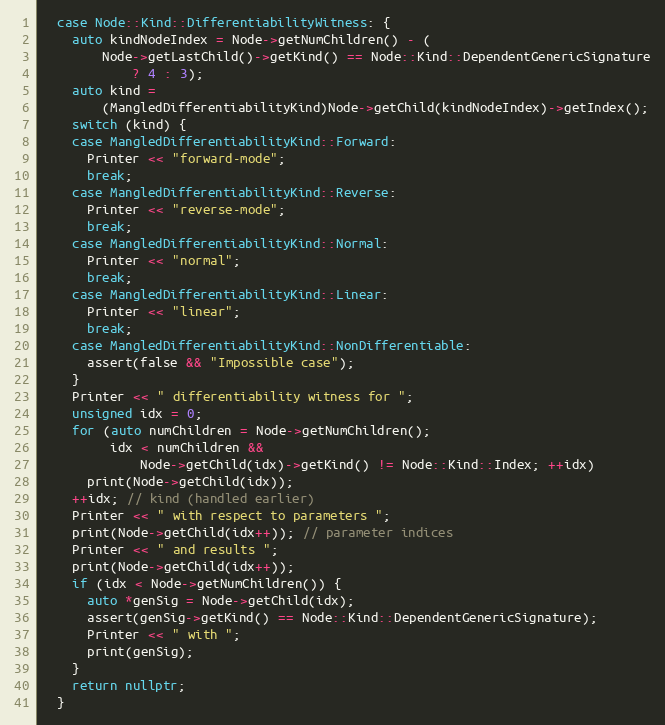
Language: C++
  case Node::Kind::DifferentiabilityWitness: {
    auto kindNodeIndex = Node->getNumChildren() - (
        Node->getLastChild()->getKind() == Node::Kind::DependentGenericSignature
            ? 4 : 3);
    auto kind =
        (MangledDifferentiabilityKind)Node->getChild(kindNodeIndex)->getIndex();
    switch (kind) {
    case MangledDifferentiabilityKind::Forward:
      Printer << "forward-mode";
      break;
    case MangledDifferentiabilityKind::Reverse:
      Printer << "reverse-mode";
      break;
    case MangledDifferentiabilityKind::Normal:
      Printer << "normal";
      break;
    case MangledDifferentiabilityKind::Linear:
      Printer << "linear";
      break;
    case MangledDifferentiabilityKind::NonDifferentiable:
      assert(false && "Impossible case");
    }
    Printer << " differentiability witness for ";
    unsigned idx = 0;
    for (auto numChildren = Node->getNumChildren();
         idx < numChildren &&
             Node->getChild(idx)->getKind() != Node::Kind::Index; ++idx)
      print(Node->getChild(idx));
    ++idx; // kind (handled earlier)
    Printer << " with respect to parameters ";
    print(Node->getChild(idx++)); // parameter indices
    Printer << " and results ";
    print(Node->getChild(idx++));
    if (idx < Node->getNumChildren()) {
      auto *genSig = Node->getChild(idx);
      assert(genSig->getKind() == Node::Kind::DependentGenericSignature);
      Printer << " with ";
      print(genSig);
    }
    return nullptr;
  }